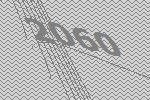
2060